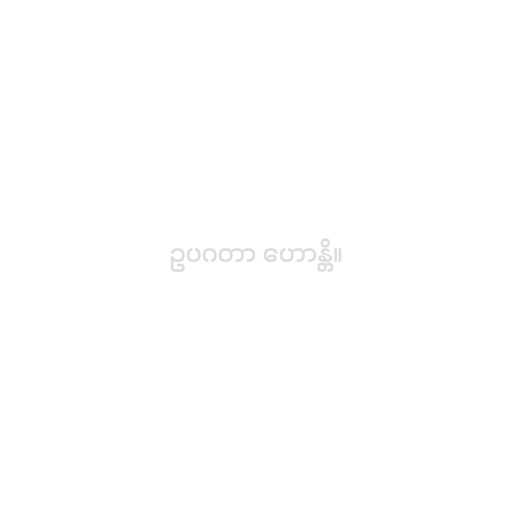
ဥပဂတာ ဟောန္တိ။